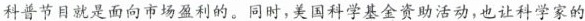
科普节目就是面向市场盈利的。同时，美国科学基金资助活动，也让科学家的